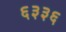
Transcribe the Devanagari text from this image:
६३३६